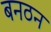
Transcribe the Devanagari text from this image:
बनठन